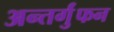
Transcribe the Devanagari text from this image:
अन्तर्गुंफन